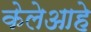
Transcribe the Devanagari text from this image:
केलेआहे